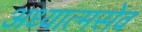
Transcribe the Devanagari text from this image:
अध्यात्मसेव